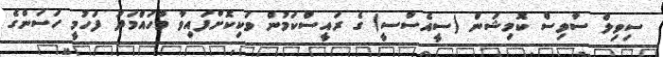
ސިވިލް ސާވިސް ކޮމިޝަން (ސީއެސްސީ) ގެ ރައީސްކަމުން ވަކިކޮށްފައިވާ މުހައްމަދު ފަހުމީ ހަސަންގެ